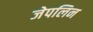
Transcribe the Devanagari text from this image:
जेपलिन